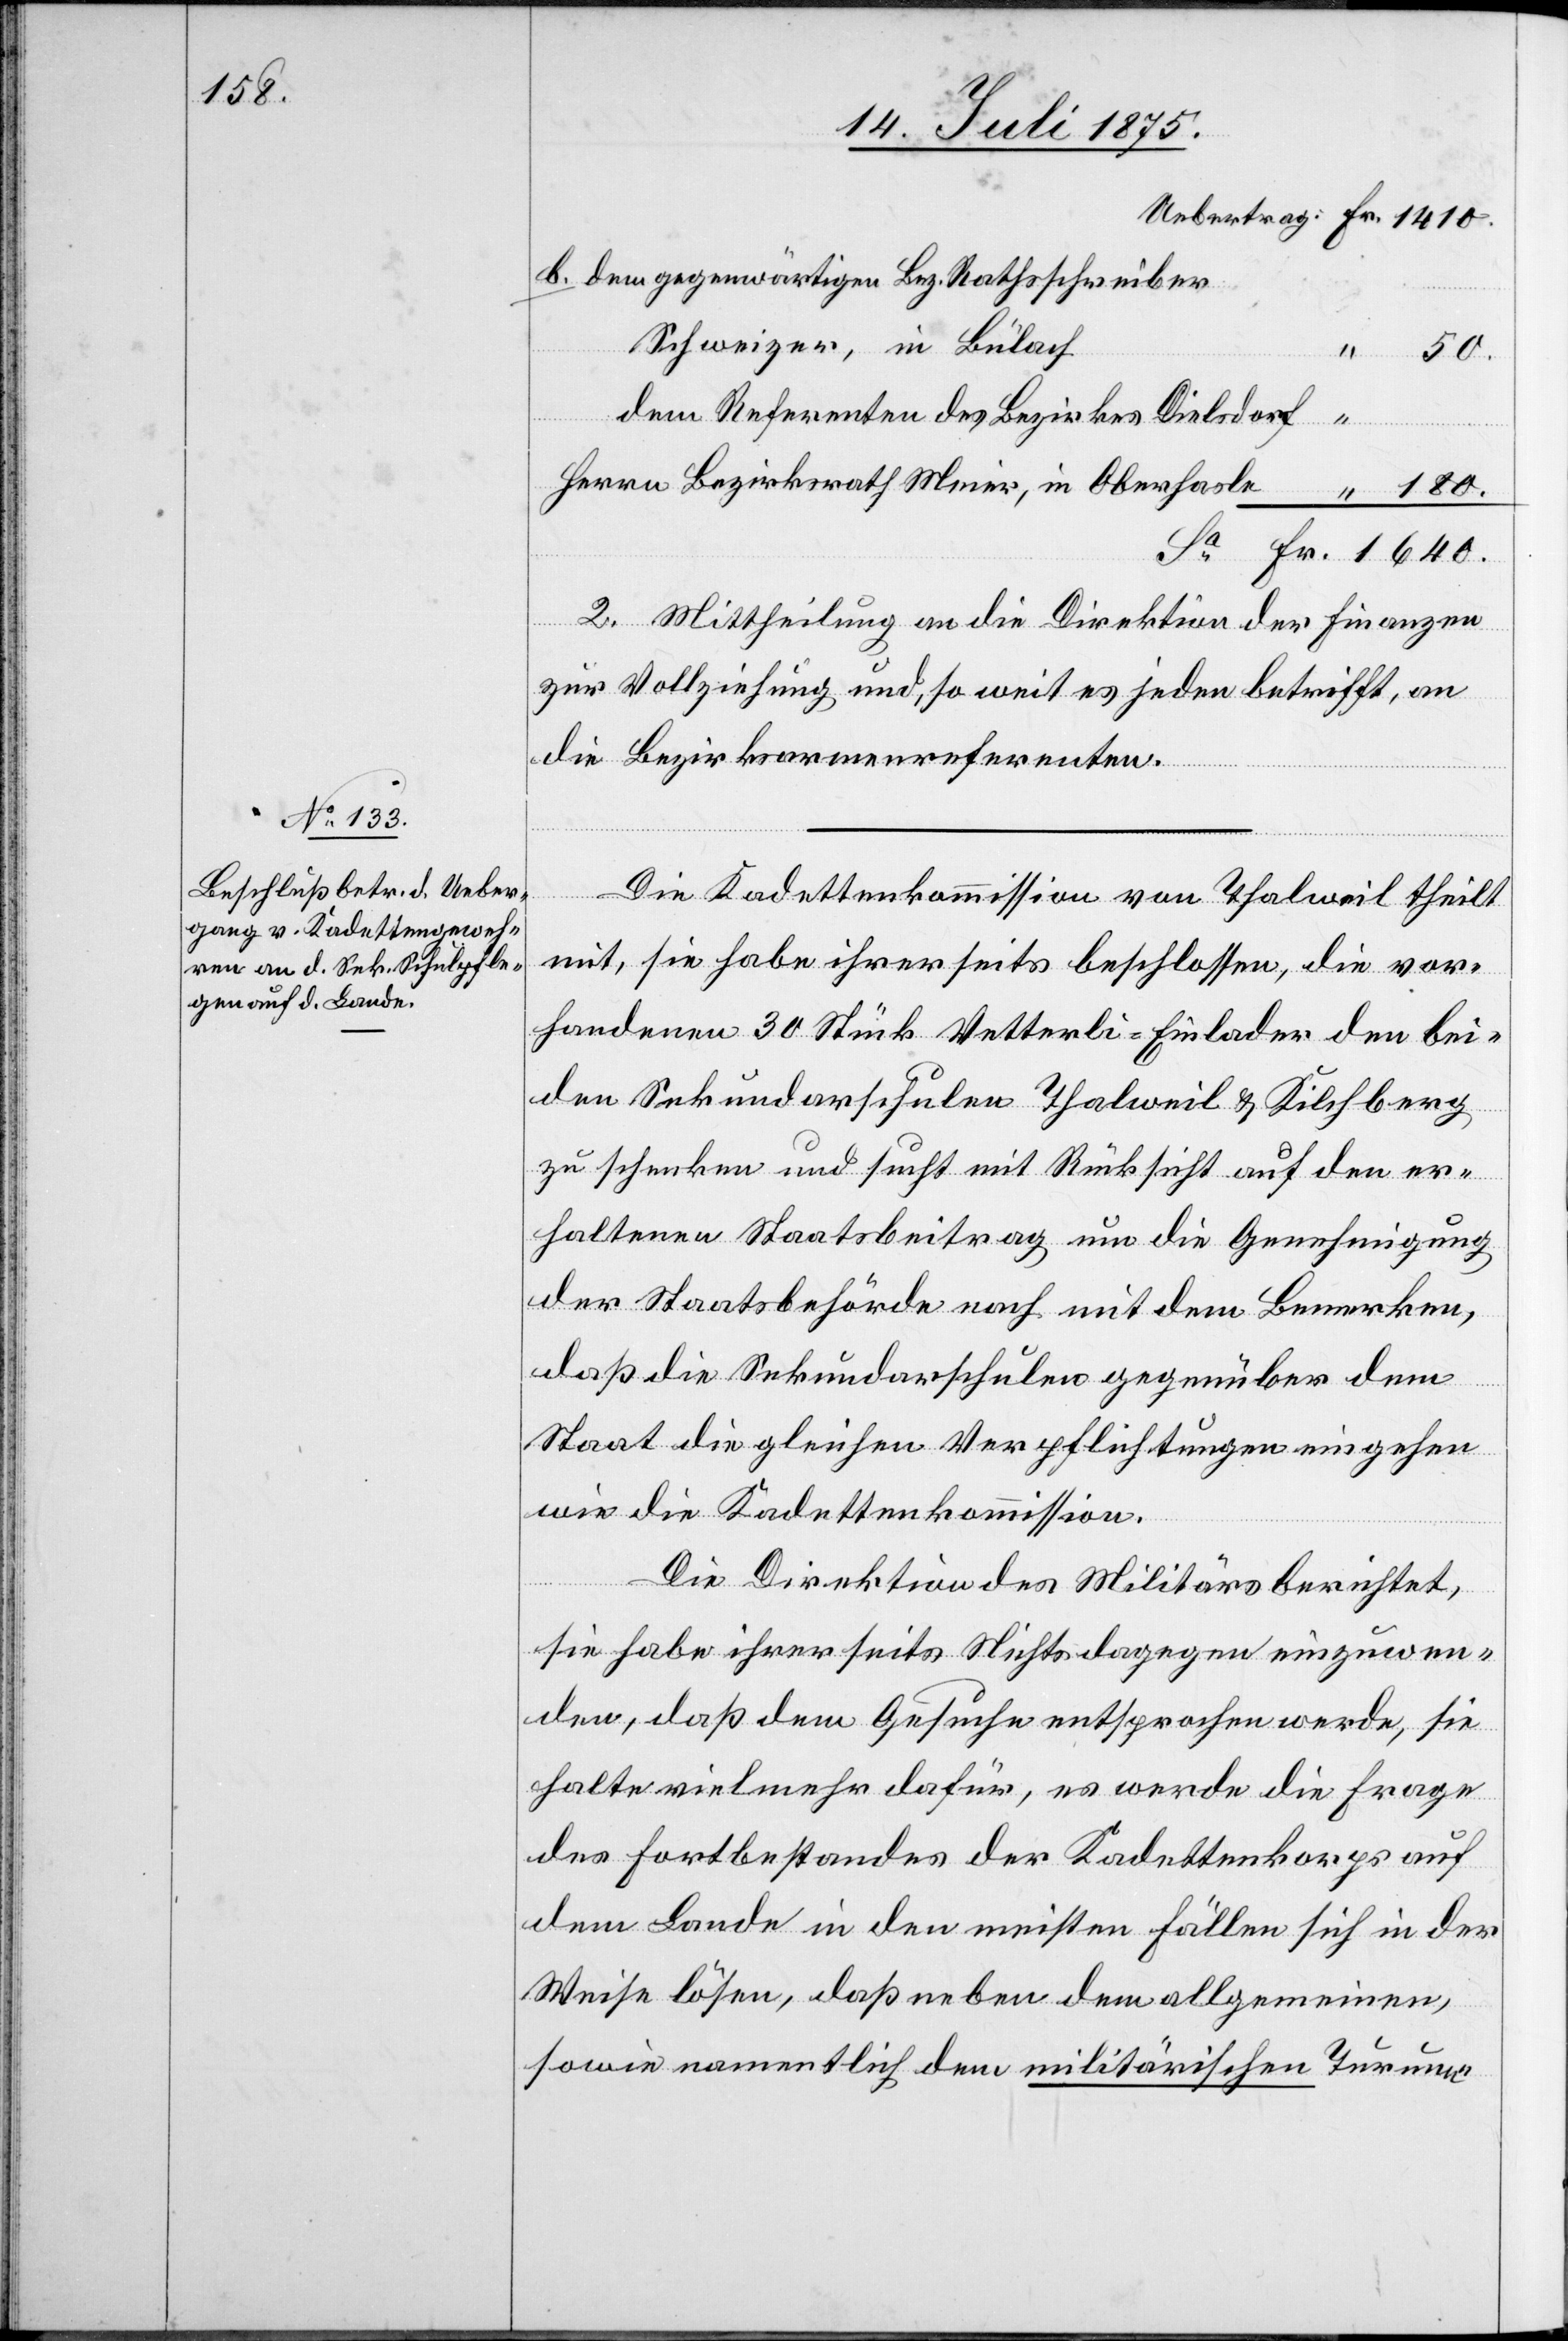
1640.

dem gegenwärtigen Bez. Rathsschreiber
Schweizer, in Bülach
dem Referenten des Bezirkes Dielsdorf:
Meier,
2. Mittheilung an die Direktion der Finanzen
zur Vollziehung und, so weit es jeden betrifft, an
die Bezirksarmenreferenten.
Die Kadettenkommission von Thalweil theilt
mit, sie habe ihrerseits beschlossen, die vor¬
handenen 30 Stück Vetterli-Einlader den bei¬
den Sekundarschulen Thalweil & Kilchberg
zu schenken und sucht mit Rücksicht auf den er¬
haltenen Staatsbeitrag um die Genehmigung
der Staatsbehörde nach mit dem Bemerken,
daß die Sekundarschulen gegenüber dem
Staat die gleichen Verpflichtungen eingehen
wie die Kadettenkommission.
Die Direktion des Militärs berichtet,
sie habe ihrerseits Nichts dagegen einzuwen¬
den, daß dem Gesuche entsprochen werde, sie
halte vielmehr dafür, es werde die Frage
des Fortbestandes der Kadettenkorps auf
dem Lande in den meisten Fällen sich in der
Weise lösen, daß neben dem allgemeinen,
sowie namentlich dem militärischen Turnun-

in